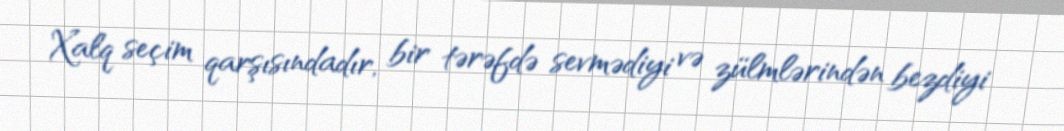
Xalq seçim qarşısındadır, bir tərəfdə sevmədiyi və zülmlərindən bezdiyi